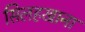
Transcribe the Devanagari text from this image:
सिलहखाना